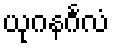
ယုဂနင်္ဂလံ